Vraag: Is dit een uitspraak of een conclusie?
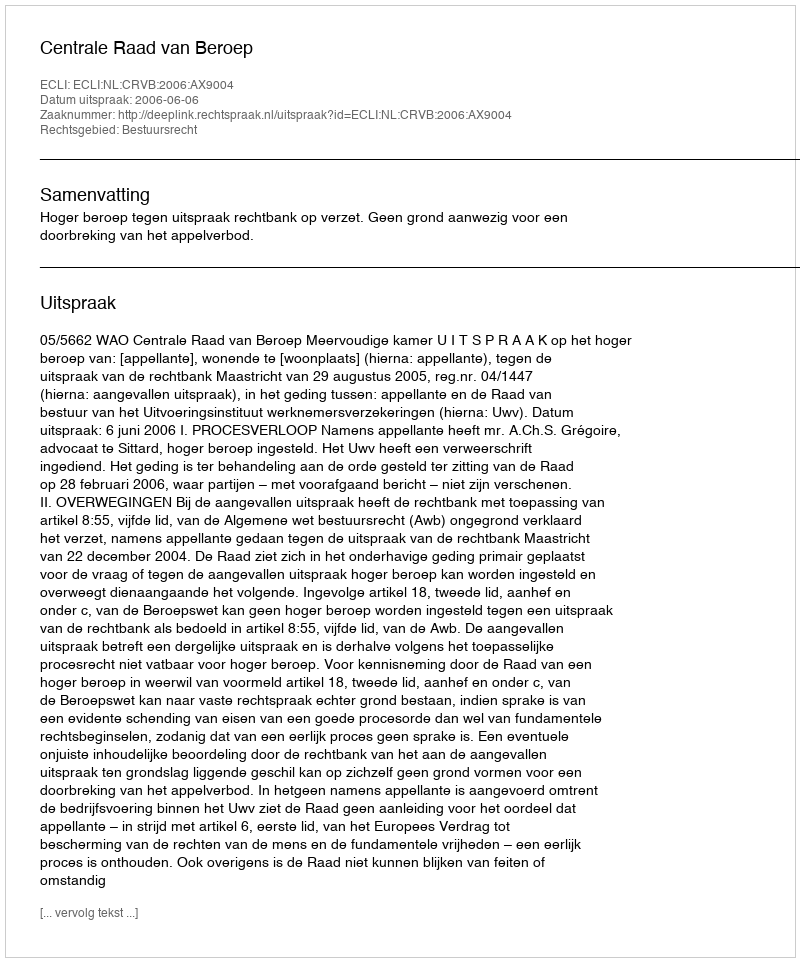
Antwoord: Uitspraak